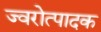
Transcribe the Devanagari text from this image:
ज्वरोत्पादक